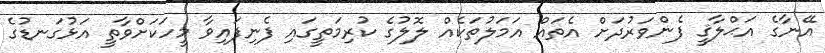
އޭނާގެ އަޙްލާޤީ ފެންވަރުދަށް އެތައް އަމަލުތަކެއް ލޮލުގެ ކުރިމަތީގައި ފެނިފައިވާ މީހަކަށްވާތީ އަޅުގަނޑުގެ